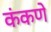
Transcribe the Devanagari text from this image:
कंकणे